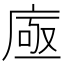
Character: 𢉗